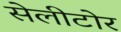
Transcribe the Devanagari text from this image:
सेलीटोर